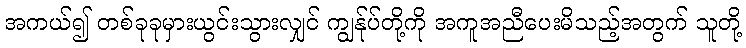
အကယ်၍ တစ်ခုခုမှားယွင်းသွားလျှင် ကျွန်ုပ်တို့ကို အကူအညီပေးမိသည့်အတွက် သူတို့